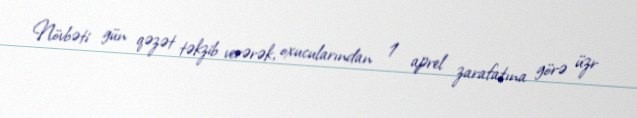
Növbəti gün qəzət təkzib verərək, oxucularından 1 aprel zarafatına görə üzr